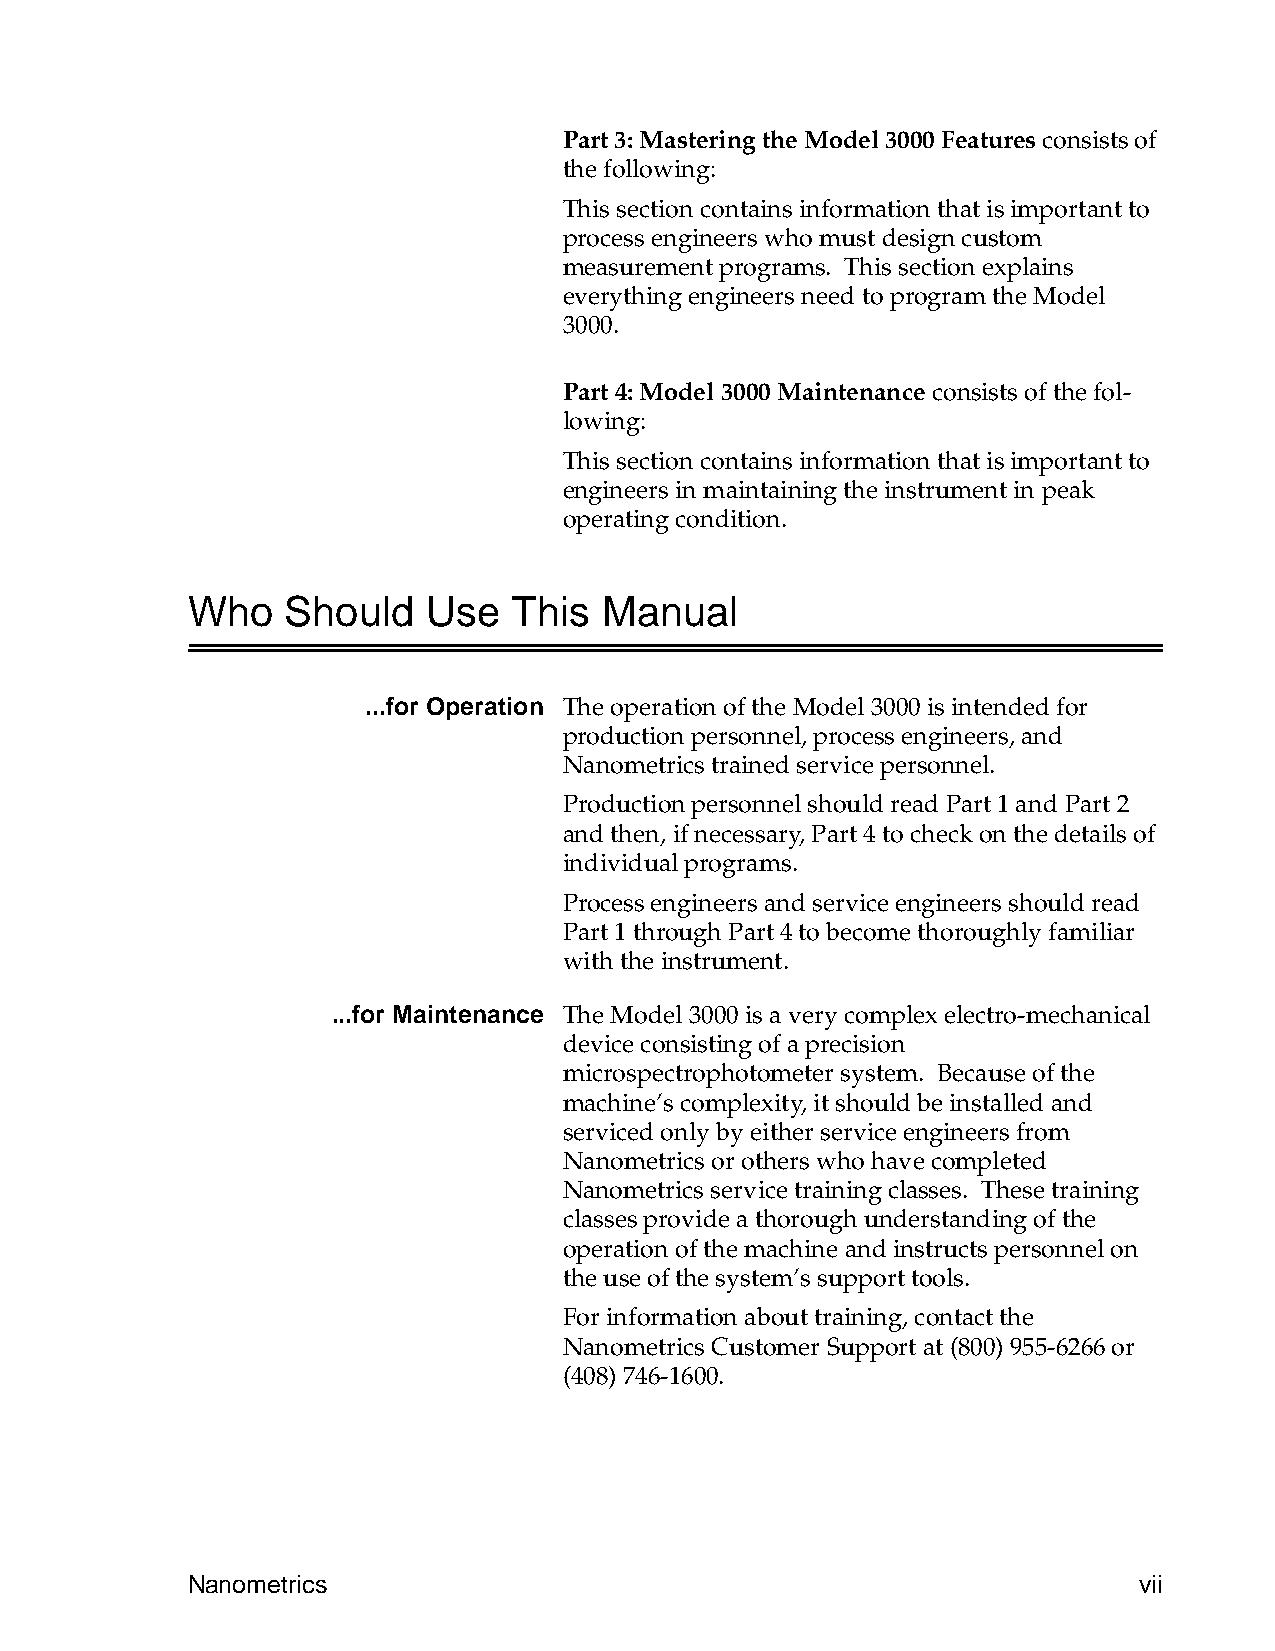
Part 3: Mastering the Model 3000 Features consists of
 the following:
 This section contains information that is important to
 process engineers who must design custom
 measurement programs. This section explains
 everything engineers need to program the Model
 3000.
 Part 4: Model 3000 Maintenance consists of the fol-
 lowing:
 This section contains information that is important to
 engineers in maintaining the instrument in peak
 operating condition.
 Who    Should   Use   This  Manual
 ...for Operation The operation of the Model 3000 is intended for
 production personnel, process engineers, and
 Nanometrics trained service personnel.
 Production personnel should read Part 1 and Part 2
 and then, if necessary, Part 4 to check on the details of
 individual programs.
 Process engineers and service engineers should read
 Part 1 through Part 4 to become thoroughly familiar
 with the instrument.
 ...for Maintenance The Model 3000 is a very complex electro-mechanical
 device consisting of a precision
 microspectrophotometer system. Because of the
 machine’s complexity, it should be installed and
 serviced only by either service engineers from
 Nanometrics or others who have completed
 Nanometrics service training classes. These training
 classes provide a thorough understanding of the
 operation of the machine and instructs personnel on
 the use of the system’s support tools.
 For information about training, contact the
 Nanometrics Customer Support at (800)955-6266 or
 (408) 746-1600.
 Nanometrics                                                    vii